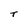
Character: T